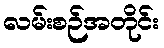
လမ်းစဉ်အတိုင်း